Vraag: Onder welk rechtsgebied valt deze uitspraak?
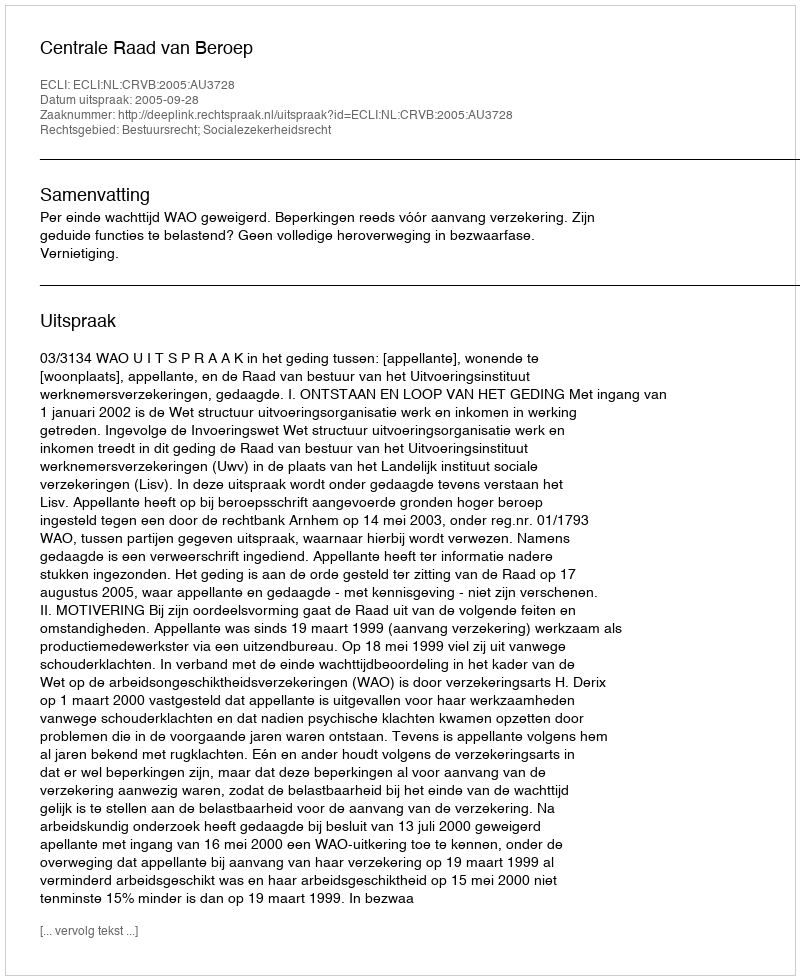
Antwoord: Bestuursrecht; Socialezekerheidsrecht